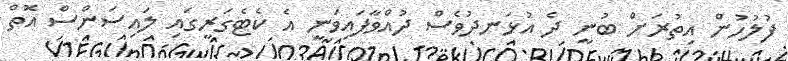
ފުލުހުން އިތުރަށް ބުނީ ދެ އުޅަނދުވެސް ދުއްވާފައިވަނީ އެ ކެޓެގަރީގައި ލައިސަންސް އޮތް